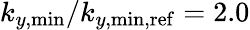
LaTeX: k_{y,\mathrm{min}}/k_{y,\mathrm{min,ref}}=2.0